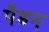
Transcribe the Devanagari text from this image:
पैडन